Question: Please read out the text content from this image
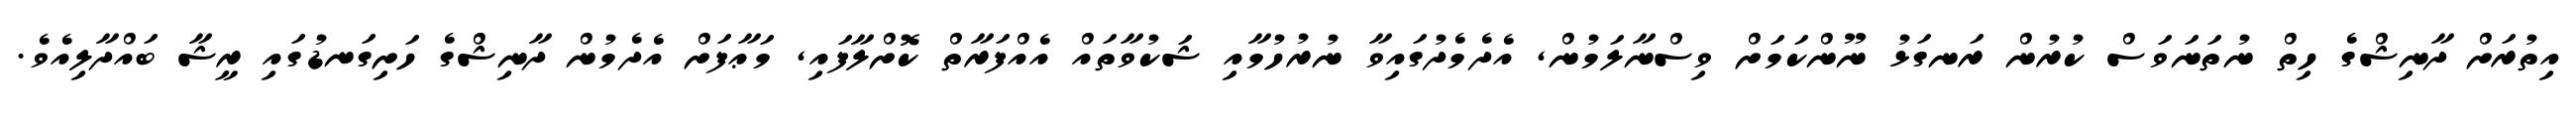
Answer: އިތުރަށް ދާނިޝްގެ ހިތް ނުތަނަވަސް ކުރުން ރަނގަޅު ނޫންކަމަށް ވިސްނާލަމުން, އެދެމެދުގައިވާ ނުރުހުމާއި ޝަކުވާތައް އެއްފަރާތް ކޮށްލާފައި, މަޢާފަށް އެދެމުން ދާނިޝްގެ ހަށިގަނޑުގައި ރީޝާ ބައްދާލިއެވެ.